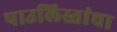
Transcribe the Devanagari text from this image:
पाउलिस्तांचा